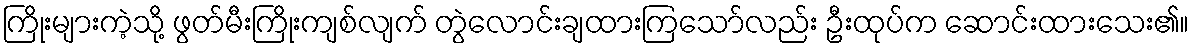
ကြိုးများကဲ့သို့ ဖွတ်မီးကြိုးကျစ်လျက် တွဲလောင်းချထားကြသော်လည်း ဦးထုပ်က ဆောင်းထားသေး၏။